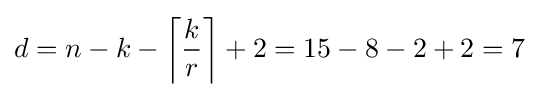
d=n-k-\left\lceil {\frac {k}{r}}\right\rceil +2=15-8-2+2=7